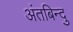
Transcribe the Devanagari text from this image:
अंतबिन्दु